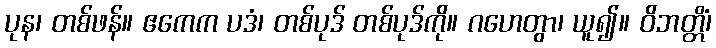
ပုန၊ တစ်ဖန်။ ဧကေက ပဒံ၊ တစ်ပုဒ် တစ်ပုဒ်ကို။ ဂဟေတွာ၊ ယူ၍။ ဝိဘတ္တိံ၊